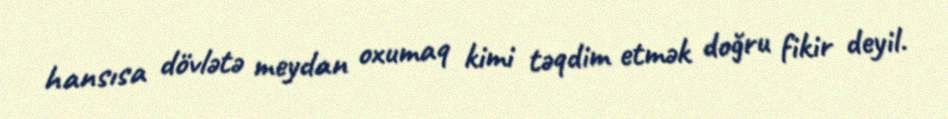
hansısa dövlətə meydan oxumaq kimi təqdim etmək doğru fikir deyil.